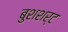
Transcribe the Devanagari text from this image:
बुशशर्ट